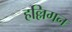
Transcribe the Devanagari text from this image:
हल्लिगन